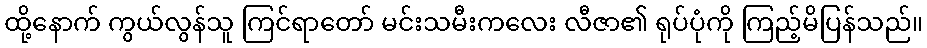
ထို့နောက် ကွယ်လွန်သူ ကြင်ရာတော် မင်းသမီးကလေး လီဇာ၏ ရုပ်ပုံကို ကြည့်မိပြန်သည်။